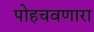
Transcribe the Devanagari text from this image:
पोहचवणारा